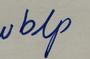
Signature authenticity: forged